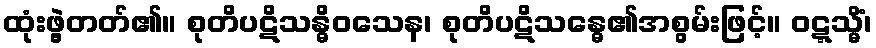
ထုံးဖွဲ့တတ်၏။ စုတိပဋိသန္ဓိဝသေန၊ စုတိပဋိသန္ဓေ၏အစွမ်းဖြင့်။ ဝဋ္ဋသ္မိံ၊